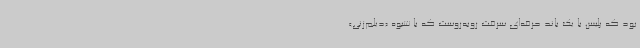
بود که پلیس با یک باند حرفه‌ای سرقت روبه‌روست که با شیوه «دیلم‌زنی»